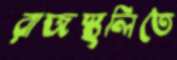
রাজস্থলিতে